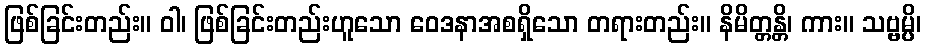
ဖြစ်ခြင်းတည်း။ ဝါ၊ ဖြစ်ခြင်းတည်းဟူသော ဝေဒနာအစရှိသော တရားတည်း။ နိမိတ္တန္တိ၊ ကား။ သဗ္ဗမ္ပိ၊